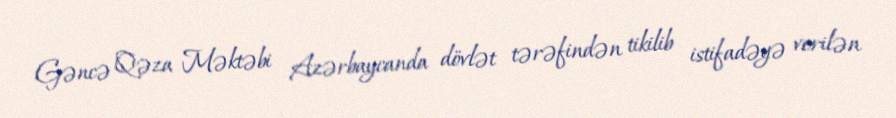
Gəncə Qəza Məktəbi Azərbaycanda dövlət tərəfindən tikilib istifadəyə verilən